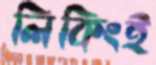
লিকিংই